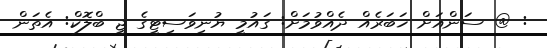
: @ ސަންއަށް ޚަބަރެއް ދެއްވުމަށް: ގައުމީ ޔުނިވަސިޓީގެ ޖީ ބްލޮކް: އެތަން